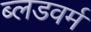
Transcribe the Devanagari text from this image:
ब्लडवर्म